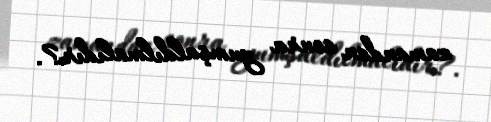
zamandan sonra yumşaldılmalıdır?.